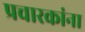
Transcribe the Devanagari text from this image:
प्रचारकांना